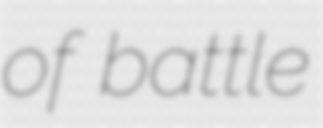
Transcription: of battle